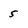
Character: 5